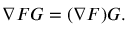
\nabla F G = ( \nabla F ) G .